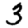
Digit: 3